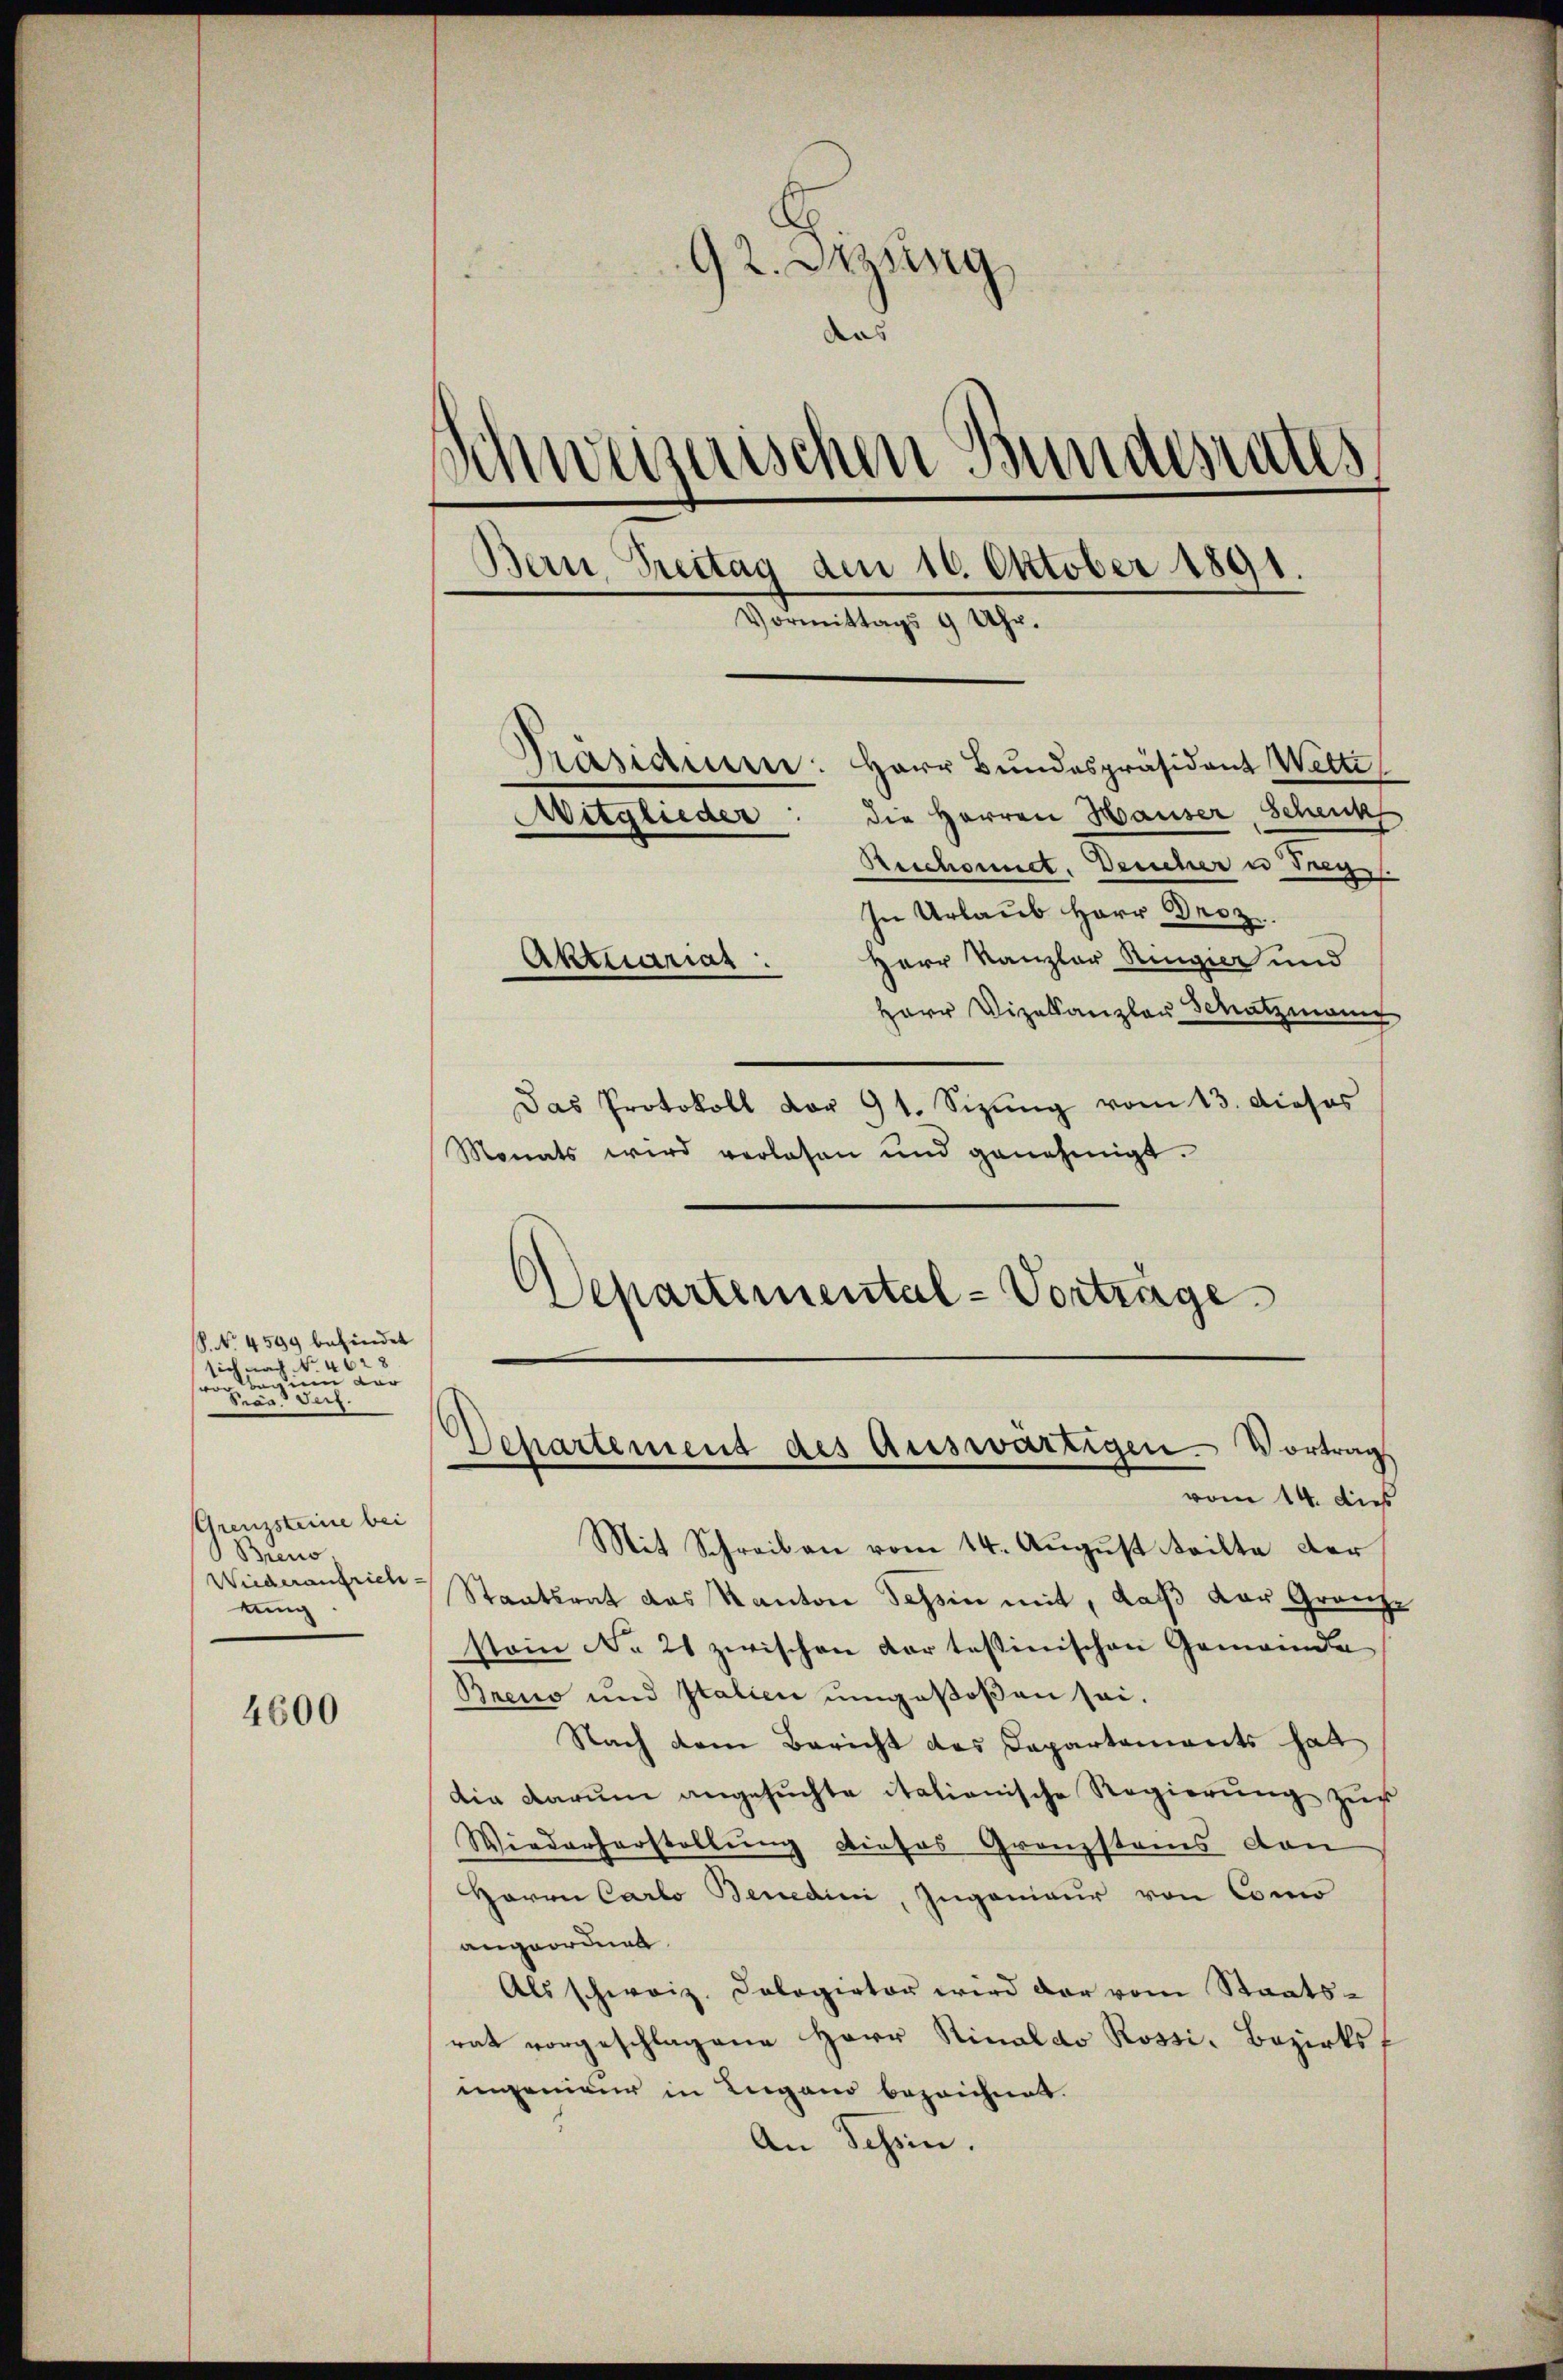
S. N. 4599 befindet
sich nach No. 462 8
awinen der
Praa Serz.

Grenzsteine bei
Bieno
Wiederaufrich
tung

4600

92. Sitzung
das
Schweizerischen Bundesrates
Bern, Treitag den 16. Oktober 1891.
—
Vormittags 9. 19.
Präsidium: Herr Bundespräsident Welti
Mitglieder: die Herren Hauser, Schenk
Beschonnet, Deucher u Frey.
In Urlaub Herr Droz.
Herr Kanzler Ringier und
Aktuarias.
Herr Vizekanzler Schatzmann

Das Protokoll vor 91. Sizŭng vom 13. dieses
Monats wird verlesen und genehmigt.
Departemental-Vorträge

Mit Schreiben vom 14. August teilte der
Staatsrat das Kanton Tessin mit, daß der Granzstain No 21 zwischen dar tessinischen Gemeinde
Breuo und Italien umgestoßen sei.
Nach dem Bericht des Capartements hat
die darum angesuchte italienische Regierŭng zur
Wiederherstellung dieses Granzstans von
Herrn Carlo Benedici, Ingenieur von Como
angeordnet.
Als schweiz. Cologietor wird der vom Staats-
rat vorgeschlagene Herr Rinaldo Rossi-Bezirksf
ingenieur in Lugano bezeichnet.
An Schein.

Departement des Auswärtigen Vortrag
vom 14. dieß